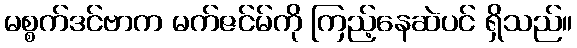
မစ္စက်ဒင်ဗာက မက်ဇင်မ်ကို ကြည့်နေဆဲပင် ရှိသည်။